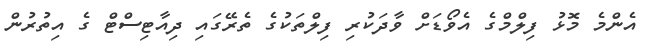
އެންމެ މޮޅު ފިލްމްގެ އެވޯޑަށް ވާދަކުރި ފިލްތަކުގެ ތެރޭގައި ދިއާޓިސްޓް ގެ އިތުރުން